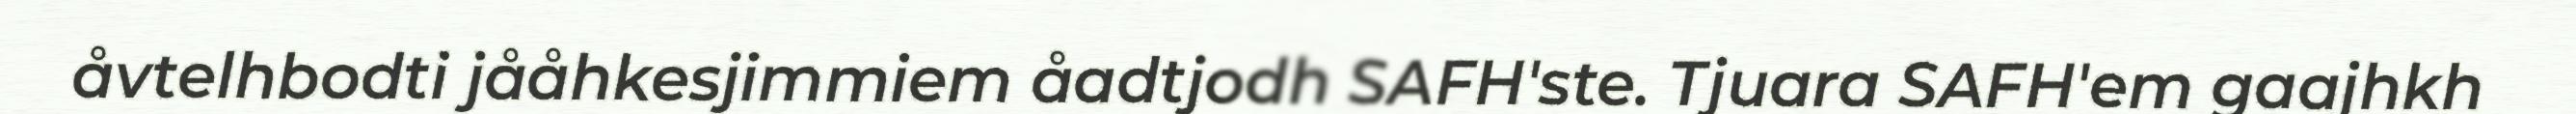
åvtelhbodti jååhkesjimmiem åadtjodh SAFH'ste. Tjuara SAFH'em gaajhkh